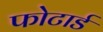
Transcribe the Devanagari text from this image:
फोटार्ड